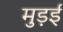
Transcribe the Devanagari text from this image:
मुड़ई